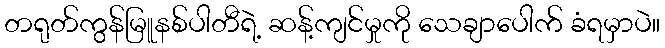
တရုတ်ကွန်မြူနစ်ပါတီရဲ့ ဆန့်ကျင်မှုကို သေချာပေါက် ခံရမှာပဲ။